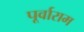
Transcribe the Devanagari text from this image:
पूर्वाराम